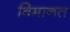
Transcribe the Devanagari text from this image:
विमानत